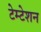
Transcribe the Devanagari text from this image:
टेम्टेशन